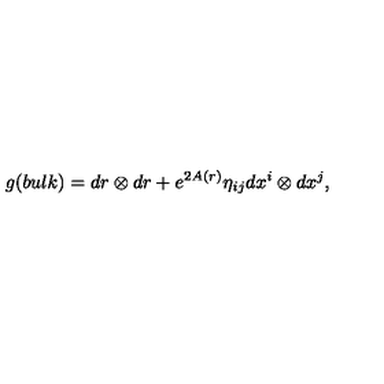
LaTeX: g ( b u l k ) = d r \otimes d r + e ^ { 2 A ( r ) } \eta _ { i j } d x ^ { i } \otimes d x ^ { j } ,